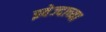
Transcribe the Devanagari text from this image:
झ्वेज्दाच्या